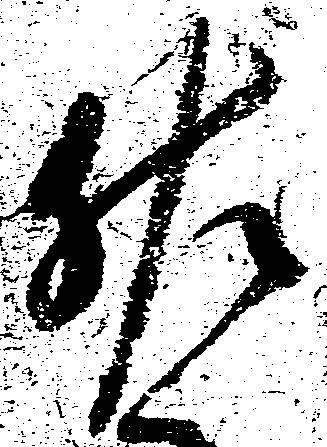
佐